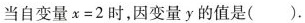
当自变量$$x = 2$$时，因变量y的值是().